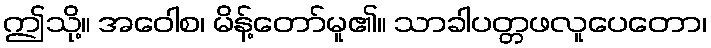
ဤသို့။ အဝေါစ၊ မိန့်တော်မူ၏။ သာခါပတ္တဖလူပေတော၊